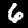
Digit: 6